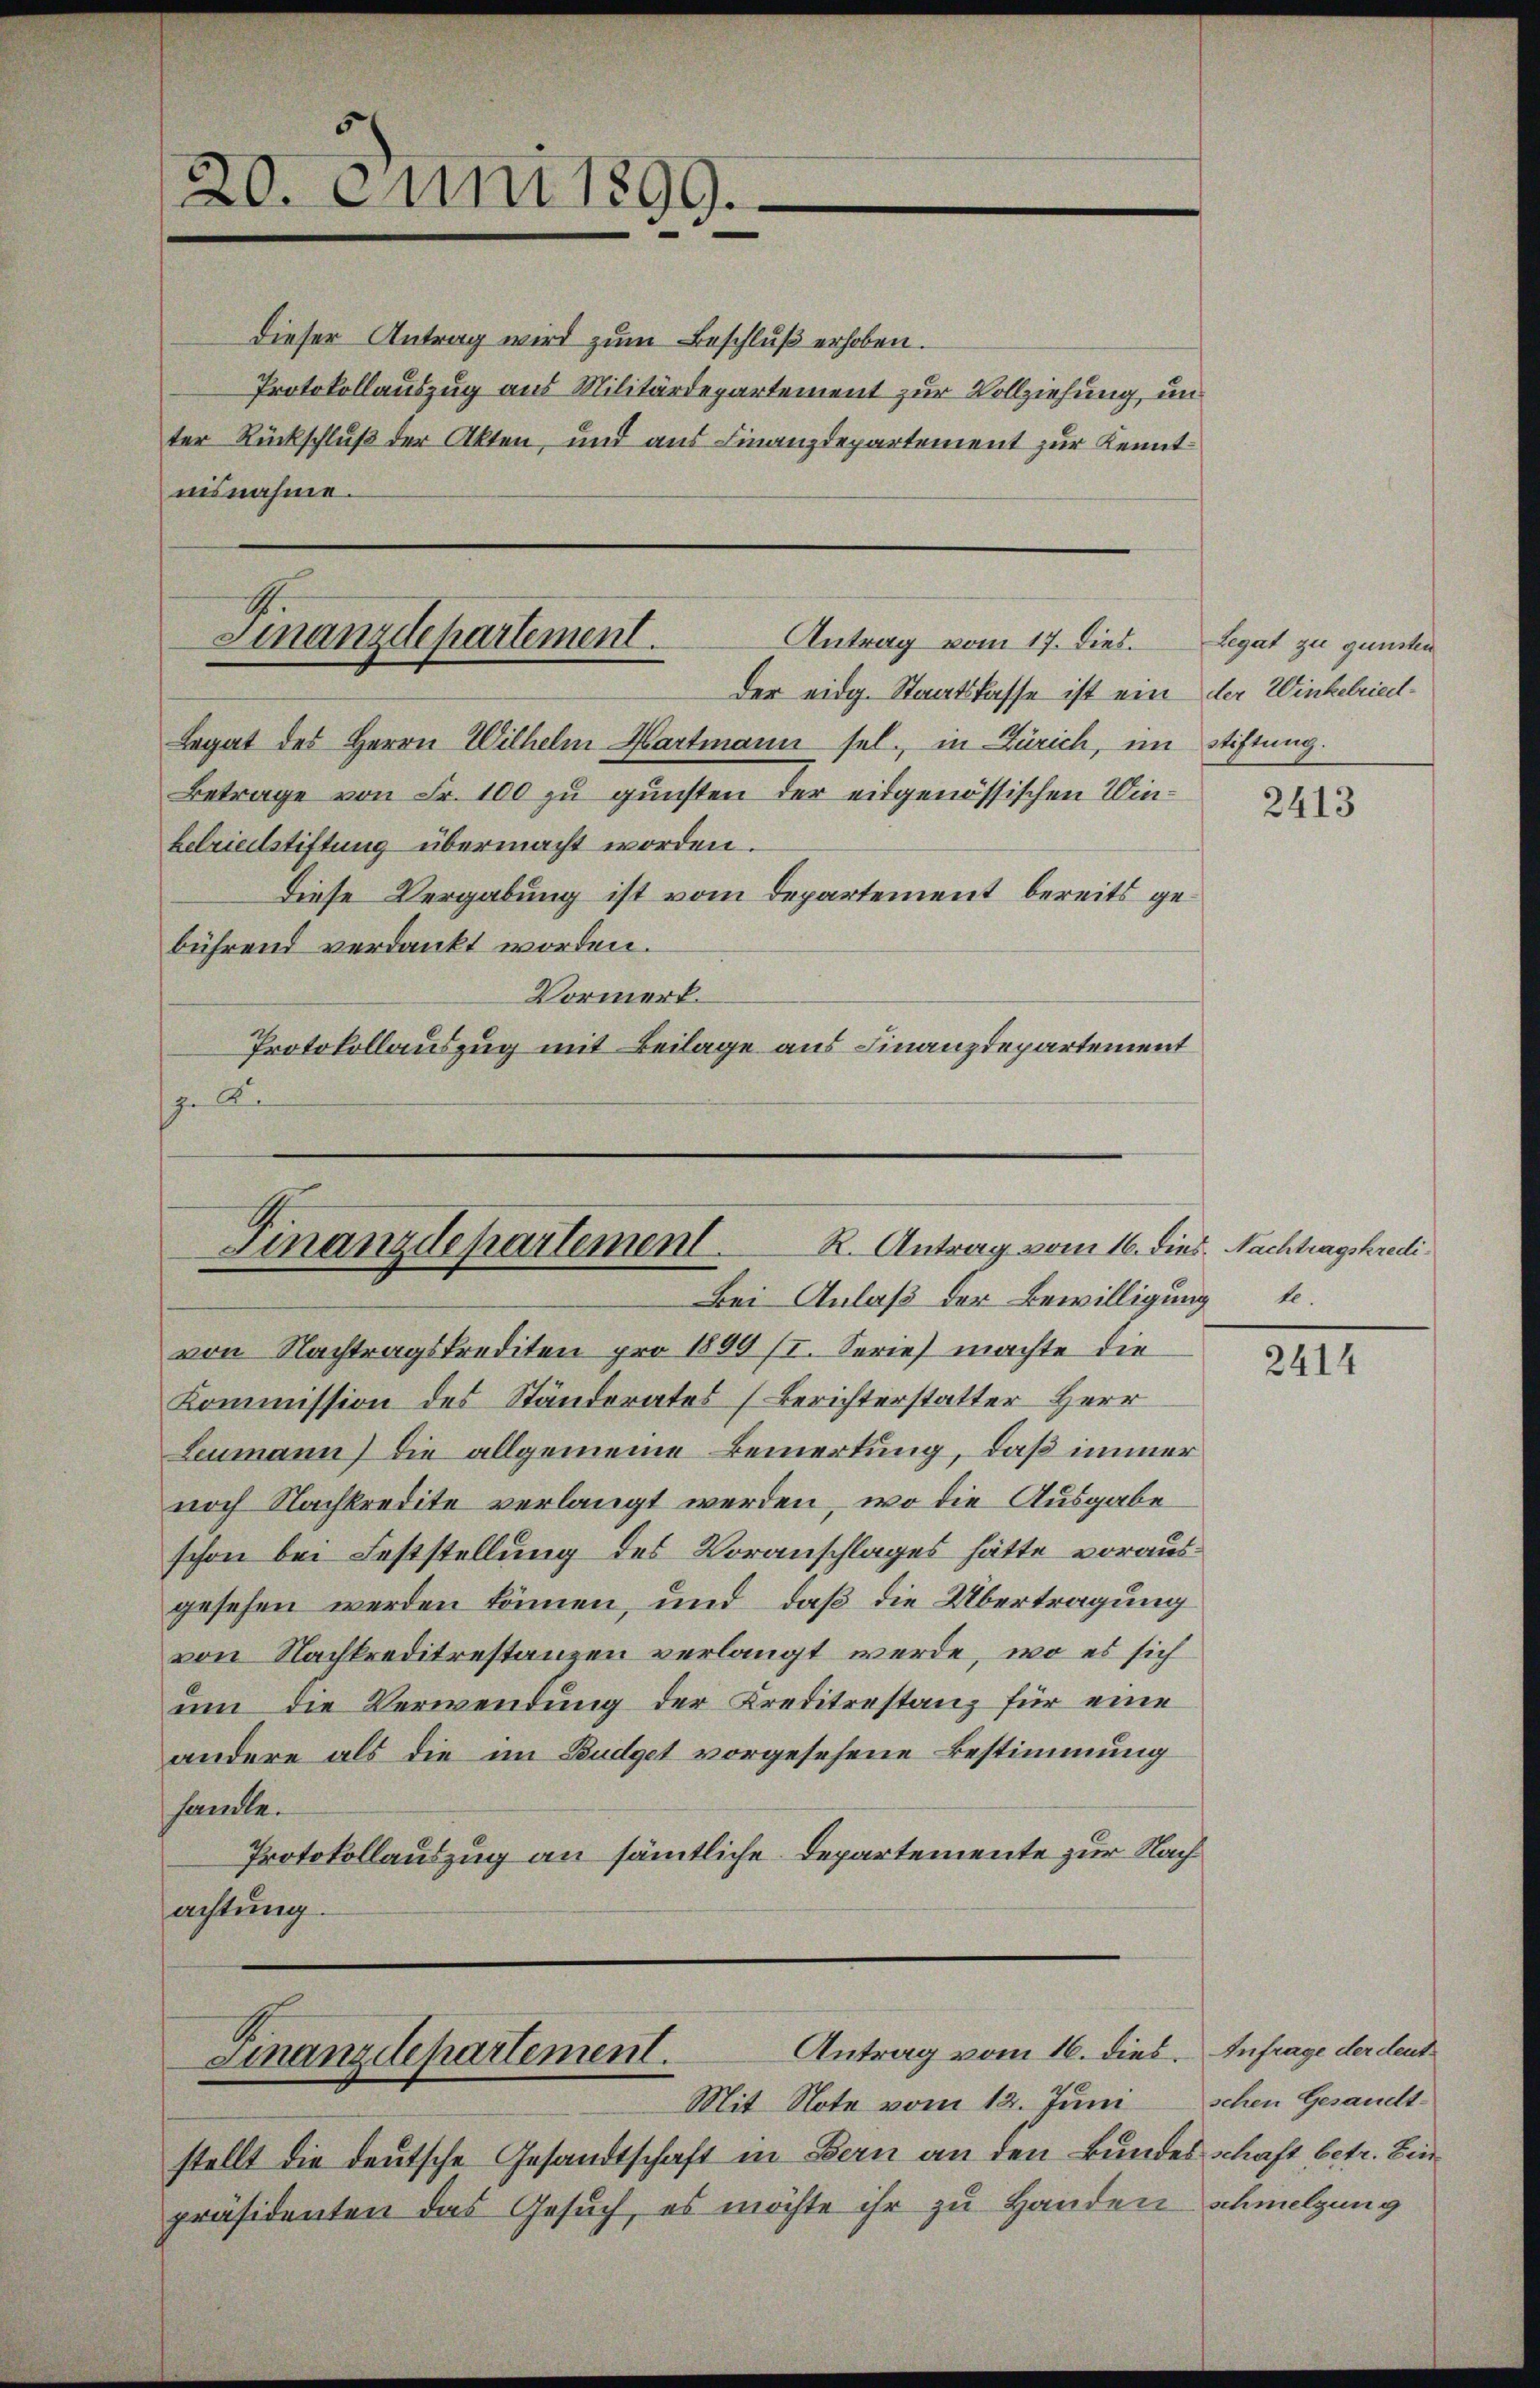
20. Juni 1899.

Dieser Antrag wird zum Beschluß erhoben.
Protokollauszug aus Militärdepartement zur Vollziehung, un
ter Rückschluß der Akten, und aus Finanzdepartement zur Kenntnisnahme.

Der eidg. Staatskasse ist ein der Winkelriedl¬
Legat des Herrn Wilhelm Hartmann sel., in Zürich, im Stiftung.
Betrage von Fr. 100 zu gunsten der eidgenössischen Winbelriedlstiftung übermacht worden.
Diese Vergabung ist vom Departement bereits gebührend verdankt worden.
Vormerk.
Protokollauszug mit Beilage aus Finanzdepartement
Re

Finanzdepartement.
Antrag vom 17. Dies. Legat zu gunsten

Finanzdepartement. R. Antrag vom 16. dies. Nachtragskredi
Bei Anlaß der Bewilligung.

Antrag vom 16. dies. Anfrage der deut¬
Finanzdepartement.

Mit Note vom 12. Juni
stellt die deutsche Gesandtschaft in Bern an den Bundes Schaft betr. Bin
präsidenten das Gesuch, es möchte ihr zu Handen schmelzung

von Nachtragskrediten pro 1899 (I. Serie machte die
Kommission des Ständerates (Berichterstatter Herr
Leumann) die allgemeine Bemerkung, daß immer
noch Nachkredite verlangt werden, wo die Ausgabe
schon bei Feststellung des Voranschlages hätte vorausgesehen werden können, und daß die Übertragung
von Nachkreditrestanzen verlangt werde, wo es sich
um die Verwendung der Kreditestanz für eine
andere als die im Budget vorgesehene Bestimmung
sante.
Protokollauszug an sämtliche Departemente zur Nachachtung.

2413

2414

schen Gesandt-